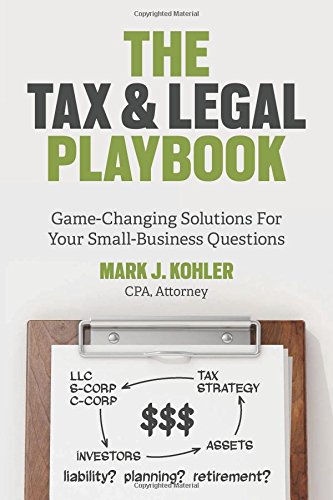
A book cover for The Tax and Legal Playbook: Game-Changing Solutions to Your Small-Business Questions; Mark J. Kohler; Business & Money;